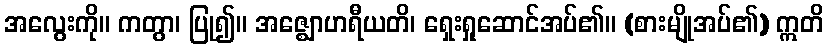
အလွေးကို။ ကတွာ၊ ပြု၍။ အဇ္ဈောဟရီယတိ၊ ရှေးရှုဆောင်အပ်၏။ (စားမျိုအပ်၏) ဣတိ